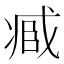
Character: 𠗱